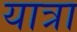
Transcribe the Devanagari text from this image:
यात्रा